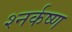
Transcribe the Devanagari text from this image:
श्नर्कष्ण